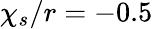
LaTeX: {\chi_{s}/r=-0.5}